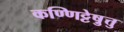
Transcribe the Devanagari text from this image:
कण्णिट्टेषु़त्तु